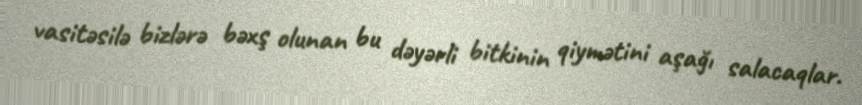
vasitəsilə bizlərə bəxş olunan bu dəyərli bitkinin qiymətini aşağı salacaqlar.